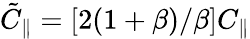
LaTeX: \tilde{C}_{\parallel}=\left[2(1+\beta)/\beta\right]C_{\parallel}